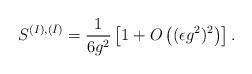
LaTeX: \begin{align*}S^{(I),(\bar I)} = \frac{1}{6g^2} \left[ 1+ O\left( (\epsilon g^2)^2 \right)\right].\end{align*}